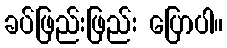
ခပ်ဖြည်းဖြည်း ပြောပါ။